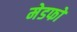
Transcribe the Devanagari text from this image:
मेडफो